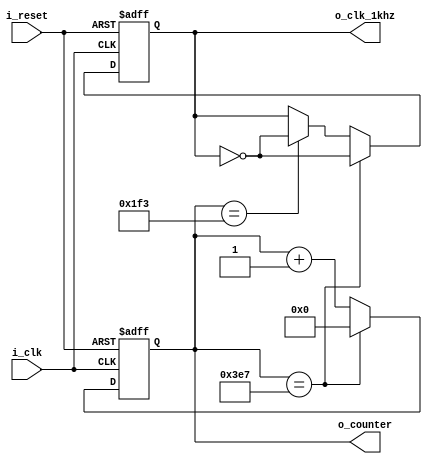
`timescale 1ns / 1ps

module counter(
        input i_clk,
        input i_reset,
        output[9:0] o_counter, // 1000 counter
        output o_clk_1khz
    );

    reg[9:0] r_counter = 0;
    reg r_clk_1khz;

    assign o_counter = r_counter;
    assign o_clk_1khz = r_clk_1khz;

    always @(posedge i_clk or posedge i_reset) begin
        if(i_reset) begin
            r_counter <= 0;
            r_clk_1khz <= 1'b0;
        end
        else begin
            if(r_counter == 999)begin
                r_counter <= 0;
                r_clk_1khz <= ~r_clk_1khz;
            end
            else if(r_counter == 499)begin
                r_counter <= r_counter + 1;
                r_clk_1khz <= ~r_clk_1khz;
            end

            else begin
                r_counter <= r_counter + 1;
            end
        end
    end
endmodule